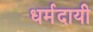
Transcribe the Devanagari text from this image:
धर्मदायी